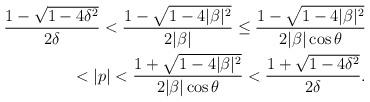
LaTeX: \begin{align*} \frac{1-\sqrt{1-4\delta^2}}{2\delta}<\frac{1-\sqrt{1-4|\beta|^2}}{2|\beta|}\leq\frac{1-\sqrt{1-4|\beta|^2}}{2|\beta|\cos\theta} \\ <|p|<\frac{1+\sqrt{1-4|\beta|^2}}{2|\beta|\cos\theta}<\frac{1+\sqrt{1-4\delta^2}}{2\delta}. \end{align*}